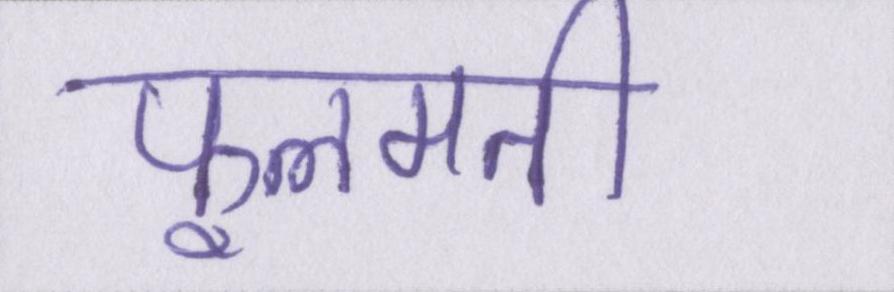
फूलमती